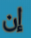
إن